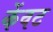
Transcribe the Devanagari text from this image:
केंवट